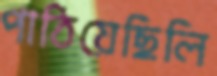
পাঠিয়েছিলি